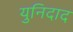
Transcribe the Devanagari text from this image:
युनिदाद